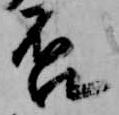
否